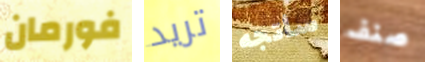
فورمان تريد سأتجه صنف